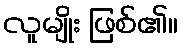
လူမျိုး ဖြစ်၏။